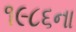
૧૯૮૬ના